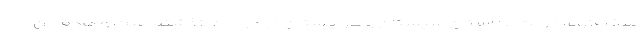
سخنگوی دولت به استان سیستان و بلوچستان در دو ماه گذشته است و هدف آن